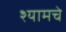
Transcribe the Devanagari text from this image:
श्यामचे